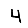
Digit: 4